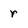
Character: r